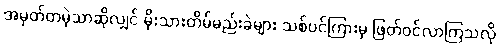
အမှတ်တမဲ့သာဆိုလျှင် မိုးသားတိမ်မည်းခဲများ သစ်ပင်ကြားမှ ဖြတ်ဝင်လာကြသလို